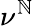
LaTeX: \nu^{\mathbb{N}}